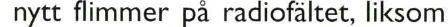
 nytt flimmer på radiofältet, liksom